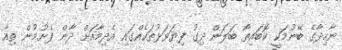
ނާހިދާގެ ބޭނުމަކީ ކޮބައިތޯ ބަލަން ދިގު ފިޔަވަޅުތަކެއްގައި އެދިމާއަށް ދާން ފެށުމުން ތިއާ